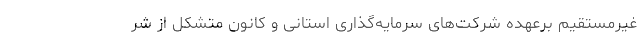
غیرمستقیم برعهده شرکت‌های سرمایه‌گذاری استانی و کانون متشکل از شر